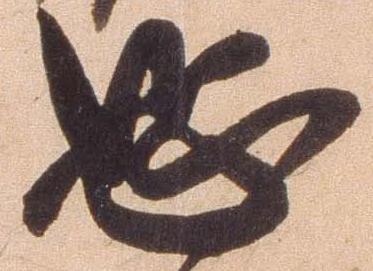
恐